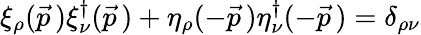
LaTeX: \xi_{\rho}(\vec{p}\, )\xi_{\nu}^{\dagger}(\vec{p}\, )+\eta_{\rho}(-\vec{p}\, )\eta_{\nu}^{\dagger}(-\vec{p}\, )=\delta_{\rho\nu}